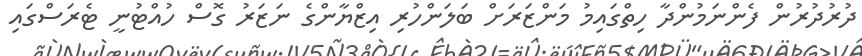
ދުރުދުރުން ފެންނަމުންދާ ހިތްގައިމު މަންޒަރަށް ބަލަންހުރި އިޒްޔާންގެ ނަޒަރު ގޮސް ހުއްޓުނީ ޓެރަސްގައި